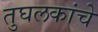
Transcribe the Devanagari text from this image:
तुघलकांचे